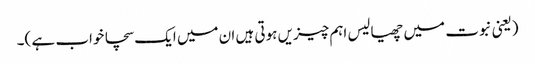
(یعنی نبوت میں چھیالیس اہم چیزیں ہوتی ہیں ان میں ایک سچا خواب ہے )۔